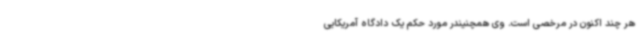
هر چند اکنون در مرخصی است. وی همچنیندر مورد حکم یک دادگاه آمریکایی